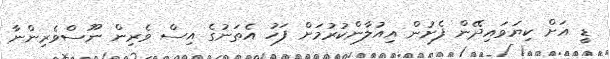
ޑީ އަށް ކިޔަވައިދޭން ފެށުން އިއުލާންކުރުމަށް ފަހު އެތަނުގެ އިސް ވެރިން ނޫސްވެރިންނާ